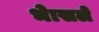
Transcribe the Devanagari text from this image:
भेासले